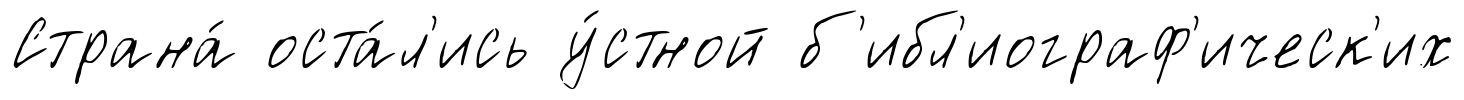
Страна́ оста́л'ись у́стной б'ибл'иограф'ическ'их